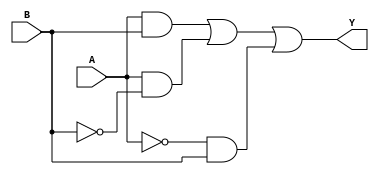
module kmap_2var (
    input wire A,  // Input variable A
    input wire B,  // Input variable B
    output wire Y  // Output variable Y
);

// K-map implementation
// The output Y is derived from the K-map truth table.
// Example: Let's assume the K-map is filled as follows:
// Cell (0,0) -> 0 (A=0, B=0)
// Cell (0,1) -> 1 (A=0, B=1)
// Cell (1,0) -> 1 (A=1, B=0)
// Cell (1,1) -> 1 (A=1, B=1)
// This corresponds to the expression: Y = B + A

assign Y = (A & B) | (A & ~B) | (~A & B); // Y = A + B

endmodule